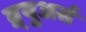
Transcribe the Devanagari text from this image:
ब्र्युअर्स